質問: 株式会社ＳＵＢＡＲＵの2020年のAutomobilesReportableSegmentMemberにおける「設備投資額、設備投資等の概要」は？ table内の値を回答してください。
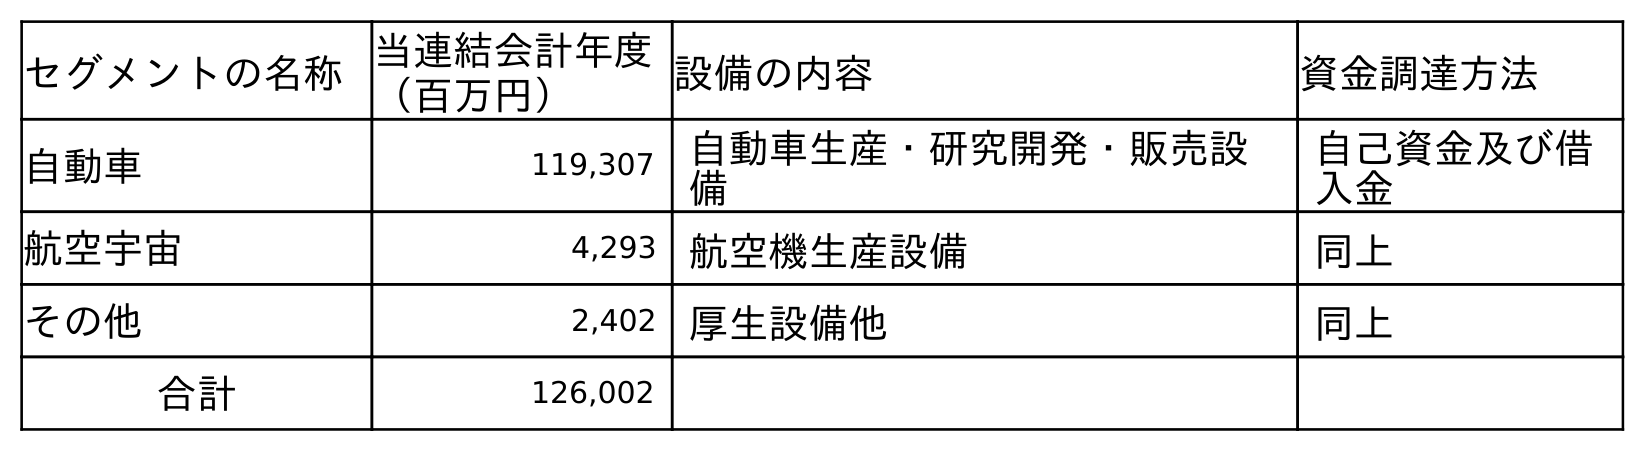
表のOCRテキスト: セグメントの名称当連結会計年度 （百万円） 設備の内容 資金調達方法 自動車 119,307 自動車生産・研究開発・販売設 備 自己資金及び借 入金 航空宇宙 4,293 航空機生産設備 同上 その他 2,402 厚生設備他 同上 合計 126,002
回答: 119,307